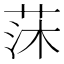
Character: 莯